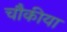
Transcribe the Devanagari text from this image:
चौकीया